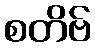
စတိဗ်